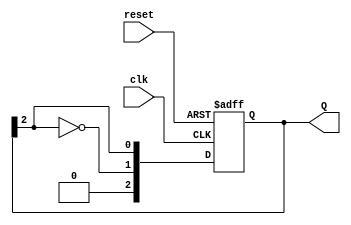
module johnson_counter #(parameter N = 3) (
    input wire clk,          // Clock input
    input wire reset,        // Asynchronous reset
    output reg [N-1:0] Q     // Output of the counter
);

// Always block triggered on the clock's rising edge or reset signal
always @(posedge clk or posedge reset) begin
    if (reset) begin
        // Initialize the counter to zero on reset
        Q <= 0;
    end else begin
        // Shift operation with feedback from the last flip-flop
        Q <= {~Q[N-1], Q[N-1:N-1]}; // Shift and feedback the inverted last bit
    end
end

endmodule